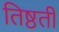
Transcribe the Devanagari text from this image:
तिष्ठती